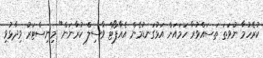
ކުރެހުމާ ނުވަތަ ތަސައްވުރާ ހަމައަށް އަޅުގަނޑުމެން އެއާޕޯޓް ވާސިލް ކުރާނަން" މިނިސްޓަރު ވިދާޅުވި